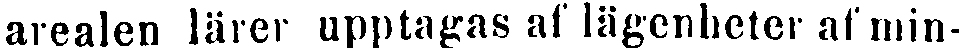
arealen lärer upptagas af lägenheter af min-